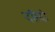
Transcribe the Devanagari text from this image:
दरिंदो